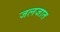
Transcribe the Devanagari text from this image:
जलजात